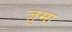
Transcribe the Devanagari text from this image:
ज़ुमा